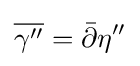
{\overline {\gamma ''}}={\bar {\partial }}\eta ''